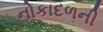
નોકાદળની